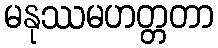
မနုဿမဟတ္တတာ